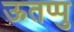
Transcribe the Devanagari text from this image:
ऊतप्पु